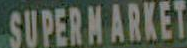
SUPERMARKET